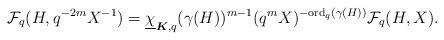
LaTeX: \begin{align*} \mathcal{F}_q(H,q^{-2m}X^{-1})=\underline{\chi}_{\boldsymbol{K}, q}(\gamma(H))^{m-1}(q^mX)^{-{\rm ord}_q(\gamma(H))} \mathcal{F}_q(H,X). \end{align*}